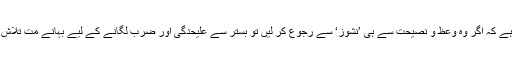
ٹکڑے کا مطلب ہے کہ اگر وہ وعظ و نصیحت سے ہی ’نشوز‘ سے رجوع کر لیں تو بستر سے علیحدگی اور ضرب لگانے کے لیے بہانے مت تلاش کرو، یہ ظلم ہے۔